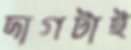
দাগটাই